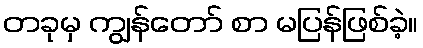
တခုမှ ကျွန်တော် စာ မပြန်ဖြစ်ခဲ့။